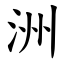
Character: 洲